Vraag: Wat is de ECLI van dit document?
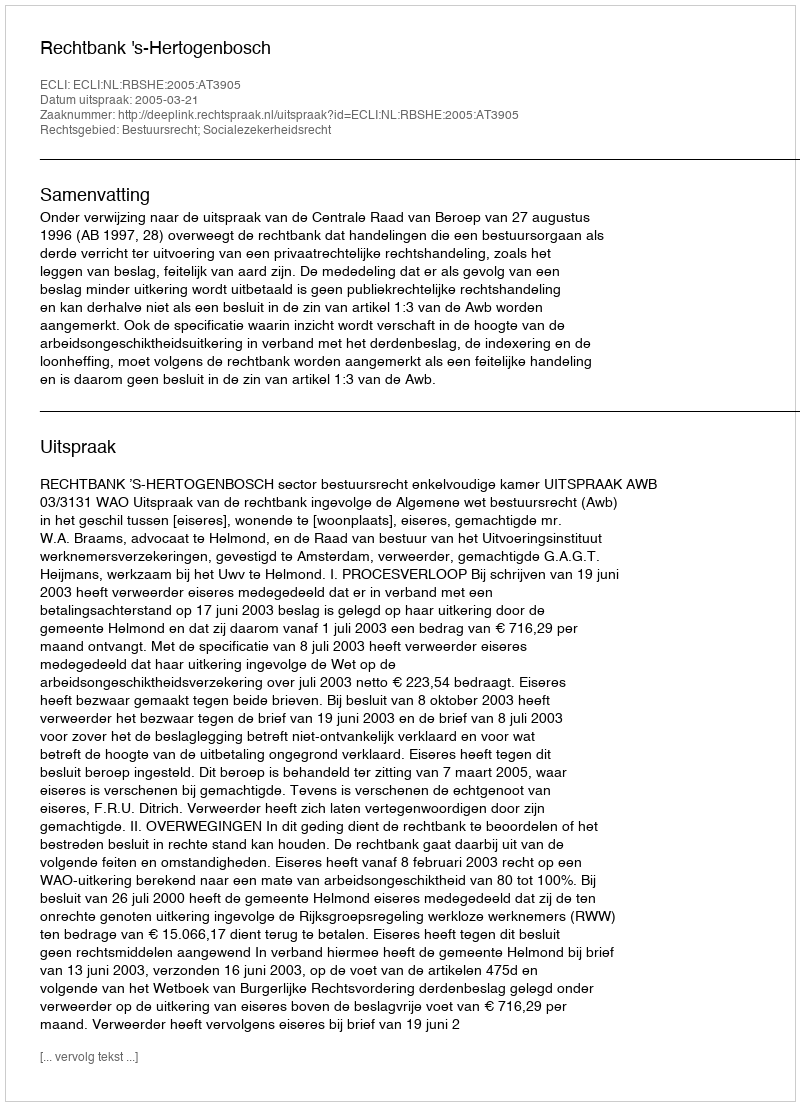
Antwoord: ECLI:NL:RBSHE:2005:AT3905